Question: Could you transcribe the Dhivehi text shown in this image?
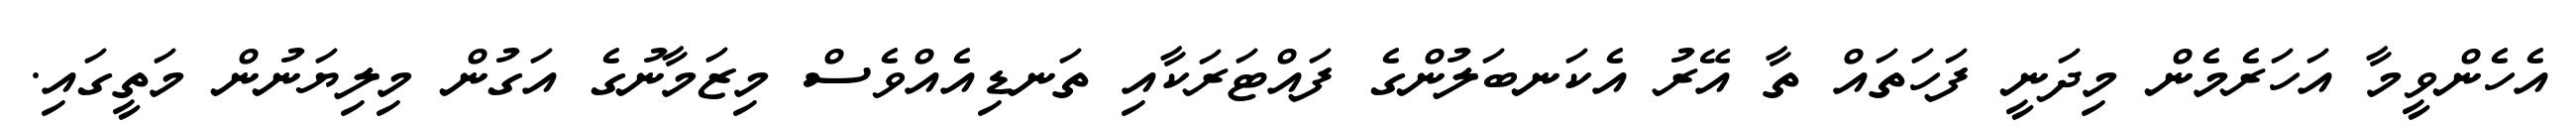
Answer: އެހެންވީމާ އަހަރެމެން މިދަނީ ފަހަތައް ތާ އޭރު އެކަނބަލުންގެ ފައްޓަރަކާއި ތަނޑިއެއްވެސް މިޒަމާނުގެ އަގުން މިލިޔަނުން މަތީގައި.